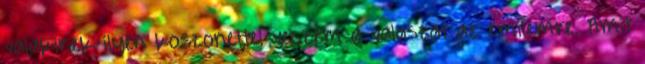
valakinek ilyen koszonettel veszem a valaszat az emilemre. Amit